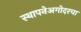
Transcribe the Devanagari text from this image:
स्थापनेअगोदरचा